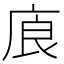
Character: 㢃